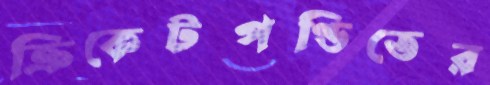
ক্রিকেটপণ্ডিতের